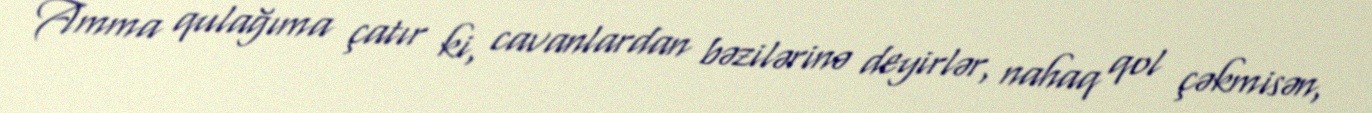
Amma qulağıma çatır ki, cavanlardan bəzilərinə deyirlər, nahaq qol çəkmisən,